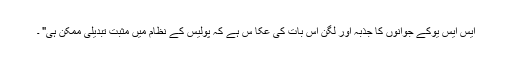
ایس ایس یوکے جوانوں کا جذبہ اور لگن اس بات کی عکا س ہے کہ پولیس کے نظام میں مثبت تبدیلی ممکن ہی" ۔